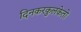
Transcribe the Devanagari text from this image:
दिनकरकुलकेतो